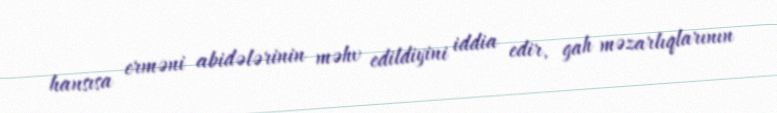
hansısa erməni abidələrinin məhv edildiyini iddia edir, gah məzarlıqlarının